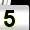
Digit: 5